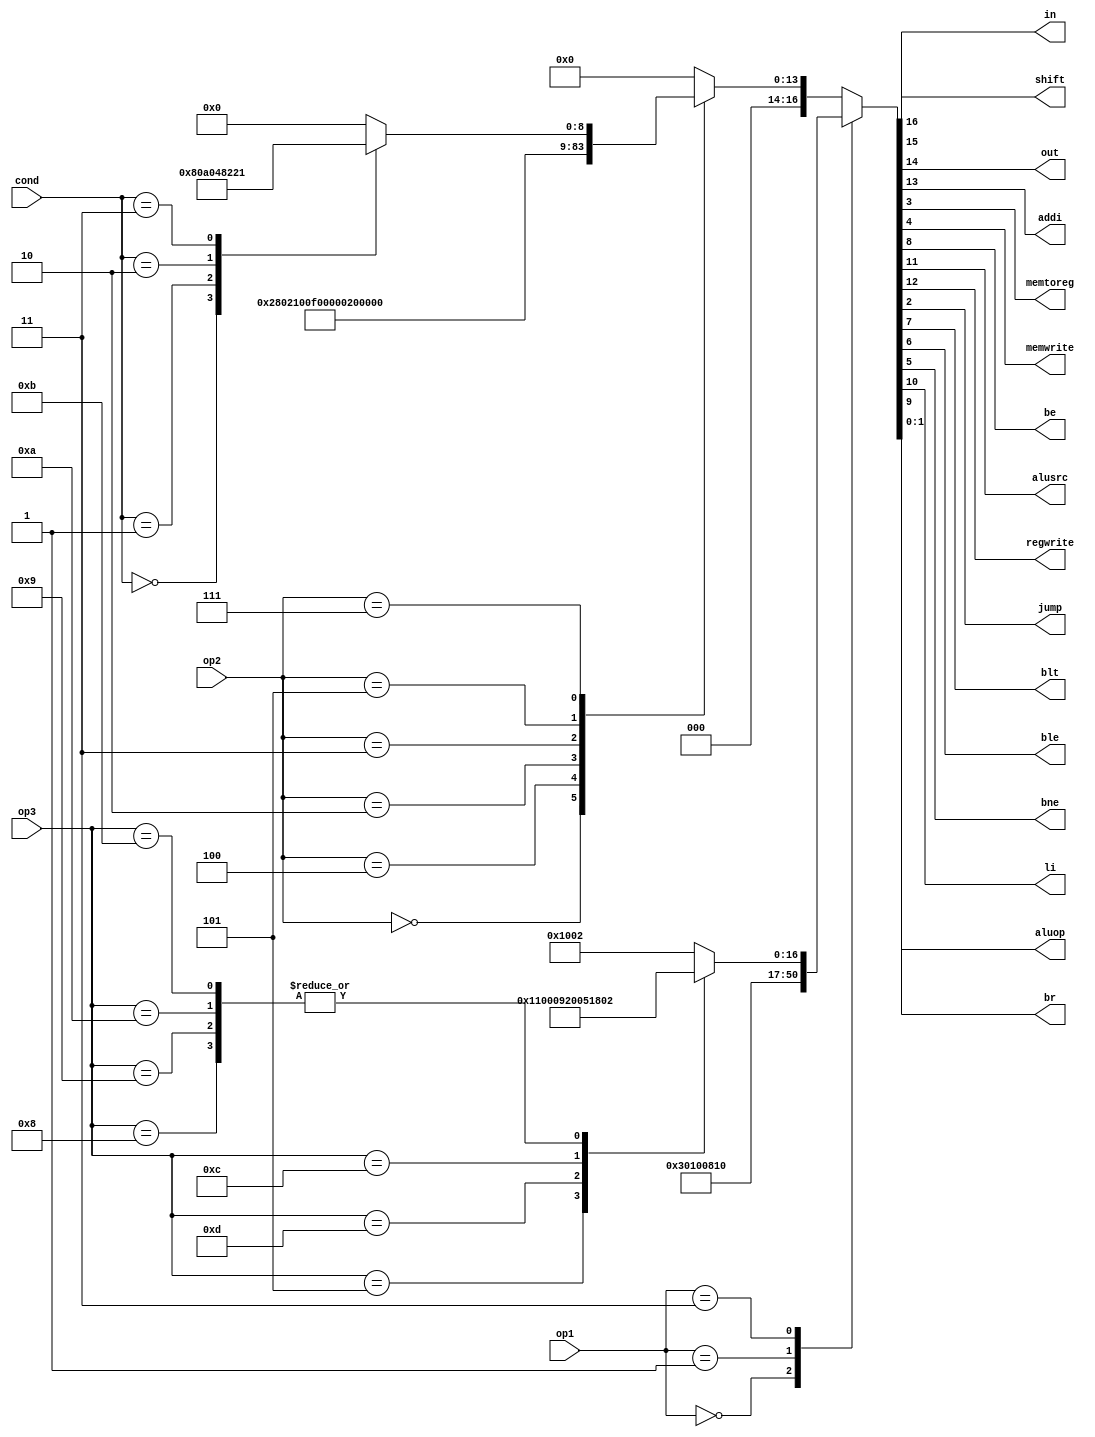
module maindec(
					input [1:0] op1,
					input [2:0] op2,
					input [2:0] cond,
					input [3:0] op3,
					output	shift,
					output	in,out,
					output	addi,
					output	memtoreg, memwrite,
					output	be, alusrc,
					output	regwrite,
					output	jump,
					output	blt,ble,
					output	bne,
					output   li,br,
					output [1:0] aluop
					);
					
	reg[16:0] controls;

	assign { shift,in,out,addi,regwrite, alusrc, li, br , be, blt, ble, bne, memwrite, memtoreg, jump, aluop } = controls; //regdst delete

	always @ (*)//when any input
		case(op1)
			2'b00: controls <= 17'b00001100000001000; // lw(rs),alusrc,memtoreg 
			2'b01: controls <= 17'b00000100000010000; //arusrc,memwrite
			2'b11:
			case(op3)
				4'b0101: controls <= 17'b00000000000000010; //cmp aLUop(10)
				4'b1101: controls <= 17'b00100000000000010; //out aluop(10)
				4'b1100: controls <= 17'b01001000000000010; //in regwrite aluop(10)
				4'b1000: controls <= 17'b10001100000000010; //sll shift regwrite alusrc aluop(10)
				4'b1001: controls <= 17'b10001100000000010; //SLR
				4'b1010: controls <= 17'b10001100000000010; //SRL
				4'b1011: controls <= 17'b10001100000000010; //SRA
				default:	controls <= 17'b00001000000000010; //regwrite aluop(10)
			endcase
			default: case(op2)
						3'b000: controls <= 17'b00001010000000001; //regwrite, li aluop(01)
						3'b100: controls <= 17'b00000001000000001;//br aluop(01)
						3'b010: controls <= 17'b00011100000000000;//addi,regwrite,alusrc
						3'b011: controls <= 17'b00000000000000100; //jump
						3'b101: controls <= 17'b00010100000000001; //cmpi addi,alusrc,aluop(01)
						3'b111: case(cond)
									3'b000: controls <= 17'b00000000100000001 ; //be aluop(01)
									3'b001: controls <= 17'b00000000010000001 ; //blt aluop(01)
									3'b010: controls <= 17'b00000000001000001 ; //ble aluop(01)
									3'b011: controls <= 17'b00000000000100001 ; //bne aluop(01)
									default: controls <= 17'b00000000000000000;
									endcase
						default: controls <= 17'b00000000000000000;
						endcase
		endcase
endmodule